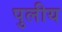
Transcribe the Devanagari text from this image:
पुलीय